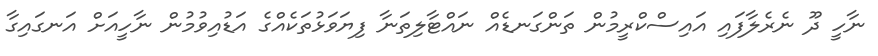
ނާހީ ދޫ ނެރެލާފައި އައިސްކްރީމުން ތަންގަނޑެއް ނައްޓާލިތަނާ ފިޔަވަޅުތަކެއްގެ އަޑުއިވުމުން ނާހީއަށް އަނގައިގާ